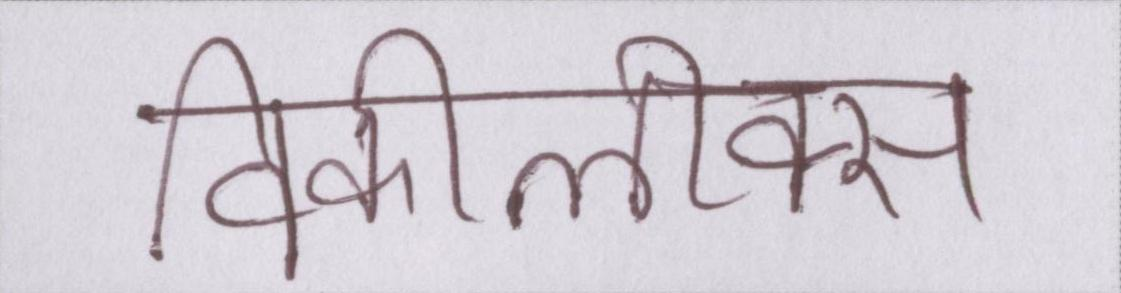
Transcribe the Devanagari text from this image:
विकीलीक्स